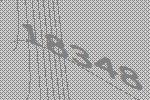
18348